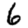
Digit: 6